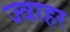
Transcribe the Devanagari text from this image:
ज्वाहर